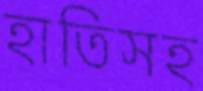
হাতিসহ